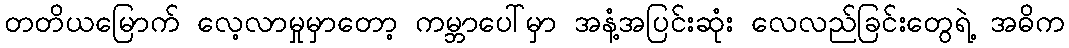
တတိယမြောက် လေ့လာမှုမှာတော့ ကမ္ဘာပေါ်မှာ အနံ့အပြင်းဆုံး လေလည်ခြင်းတွေရဲ့ အဓိက